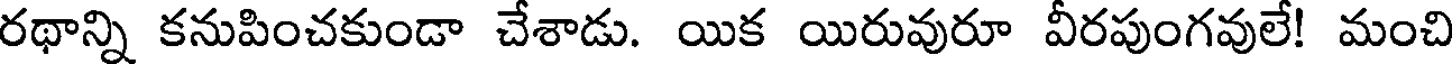
రథాన్ని కనుపించకుండా చేశాడు. యిక యిరువురూ వీరపుంగవులే! మంచి